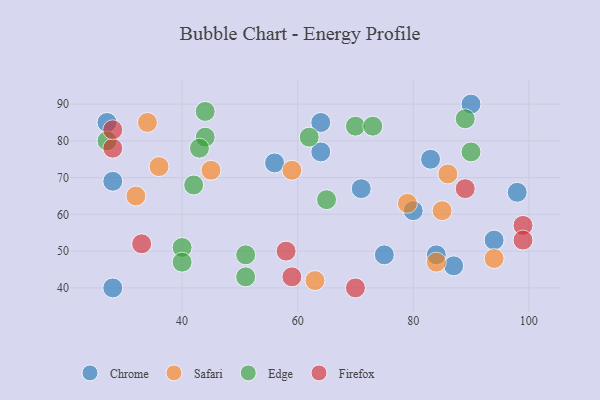
{"axis": {"x": "GDP", "y": "Life Expectancy"}, "legend": ["Chrome", "Edge", "Firefox", "Safari"], "data": [{"x": "84", "y": 49, "type": "Chrome"}, {"x": "98", "y": 66, "type": "Chrome"}, {"x": "64", "y": 85, "type": "Chrome"}, {"x": "94", "y": 53, "type": "Chrome"}, {"x": "80", "y": 61, "type": "Chrome"}, {"x": "28", "y": 40, "type": "Chrome"}, {"x": "28", "y": 69, "type": "Chrome"}, {"x": "75", "y": 49, "type": "Chrome"}, {"x": "64", "y": 77, "type": "Chrome"}, {"x": "27", "y": 85, "type": "Chrome"}, {"x": "83", "y": 75, "type": "Chrome"}, {"x": "56", "y": 74, "type": "Chrome"}, {"x": "87", "y": 46, "type": "Chrome"}, {"x": "90", "y": 90, "type": "Chrome"}, {"x": "71", "y": 67, "type": "Chrome"}, {"x": "84", "y": 47, "type": "Safari"}, {"x": "86", "y": 71, "type": "Safari"}, {"x": "32", "y": 65, "type": "Safari"}, {"x": "45", "y": 72, "type": "Safari"}, {"x": "36", "y": 73, "type": "Safari"}, {"x": "63", "y": 42, "type": "Safari"}, {"x": "79", "y": 63, "type": "Safari"}, {"x": "94", "y": 48, "type": "Safari"}, {"x": "85", "y": 61, "type": "Safari"}, {"x": "59", "y": 72, "type": "Safari"}, {"x": "34", "y": 85, "type": "Safari"}, {"x": "62", "y": 81, "type": "Edge"}, {"x": "65", "y": 64, "type": "Edge"}, {"x": "40", "y": 51, "type": "Edge"}, {"x": "42", "y": 68, "type": "Edge"}, {"x": "70", "y": 84, "type": "Edge"}, {"x": "27", "y": 80, "type": "Edge"}, {"x": "51", "y": 49, "type": "Edge"}, {"x": "40", "y": 47, "type": "Edge"}, {"x": "89", "y": 86, "type": "Edge"}, {"x": "44", "y": 81, "type": "Edge"}, {"x": "44", "y": 88, "type": "Edge"}, {"x": "90", "y": 77, "type": "Edge"}, {"x": "73", "y": 84, "type": "Edge"}, {"x": "43", "y": 78, "type": "Edge"}, {"x": "51", "y": 43, "type": "Edge"}, {"x": "28", "y": 78, "type": "Firefox"}, {"x": "59", "y": 43, "type": "Firefox"}, {"x": "99", "y": 57, "type": "Firefox"}, {"x": "70", "y": 40, "type": "Firefox"}, {"x": "89", "y": 67, "type": "Firefox"}, {"x": "33", "y": 52, "type": "Firefox"}, {"x": "99", "y": 53, "type": "Firefox"}, {"x": "28", "y": 83, "type": "Firefox"}, {"x": "58", "y": 50, "type": "Firefox"}]}